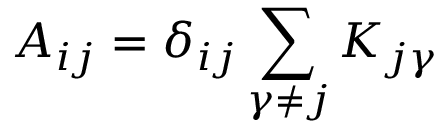
A _ { i j } = \delta _ { i j } \sum _ { \gamma \neq j } K _ { j \gamma }